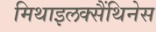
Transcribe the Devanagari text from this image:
मिथाइलक्सैंथिनेस